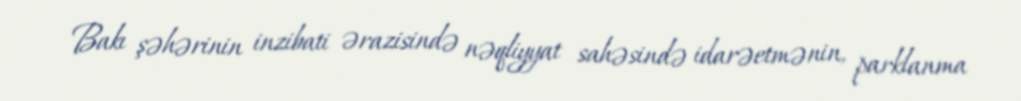
Bakı şəhərinin inzibati ərazisində nəqliyyat sahəsində idarəetmənin, parklanma